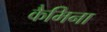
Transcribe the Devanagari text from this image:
कैमिना